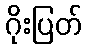
ဂိုးပြတ်